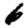
Digit: 6